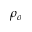
\rho _ { o }